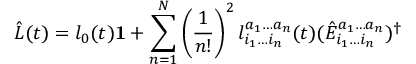
\hat { L } ( t ) = l _ { 0 } ( t ) \mathbf { 1 } + \sum _ { n = 1 } ^ { N } \left( \frac { 1 } { n ! } \right) ^ { 2 } l _ { i _ { 1 } \ldots i _ { n } } ^ { a _ { 1 } \ldots a _ { n } } ( t ) ( \hat { E } _ { i _ { 1 } \ldots i _ { n } } ^ { a _ { 1 } \ldots a _ { n } } ) ^ { \dagger }